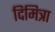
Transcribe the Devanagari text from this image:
दिमित्रा